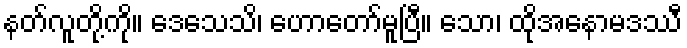
နတ်လူတို့ကို။ ဒေသေသိ၊ ဟောတော်မူပြီ။ သော၊ ထိုအနောမဒဿီ